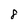
Character: 8